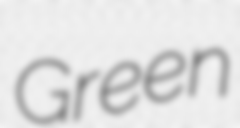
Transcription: Green